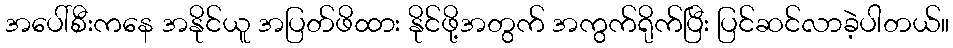
အပေါ်စီးကနေ အနိုင်ယူ အပြတ်ဖိထား နိုင်ဖို့အတွက် အကွက်ရိုက်ပြီး ပြင်ဆင်လာခဲ့ပါတယ်။